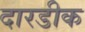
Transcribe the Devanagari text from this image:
दारडीक